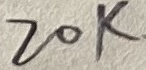
Text: 20K